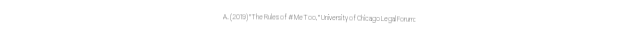
A. (2019) "The Rules of #MeToo," University of Chicago Legal Forum: